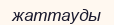
жаттауды